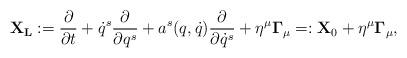
LaTeX: \begin{align*}{\bf X_L} := {\partial\over\partial t}+ \dot q^{s}{\partial\over\partial q^{s}} +a^{s}(q,\dot q){\partial\over\partial \dot q^{s}} +\eta^{\mu}{\bf\Gamma}_{\mu} =: {\bf X}_{0} +\eta^{\mu}{\bf\Gamma}_{\mu} , \end{align*}